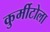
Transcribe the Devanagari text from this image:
कुर्मीटोला